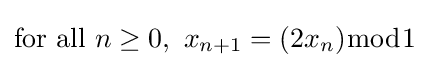
{\text{for all }}n\geq 0,\ x_{n+1}=(2x_{n}){\bmod {1}}